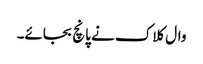
وال کلاک نے پانچ بجائے۔